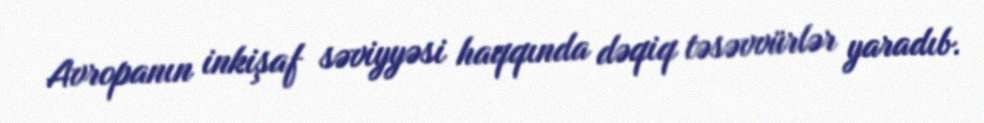
Avropanın inkişaf səviyyəsi haqqında dəqiq təsəvvürlər yaradıb.